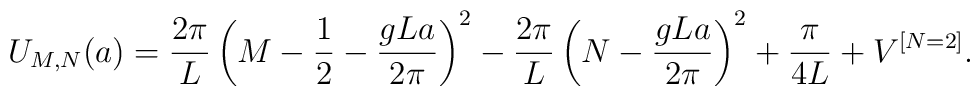
U_{M, N}(a)={2\pi \over L}\left(M-{1 \over 2}-{gLa \over 2\pi}\right)^2-{2\pi \over L}\left(N-{gLa \over 2\pi}\right)^2+{\pi \over 4L}+V^{[N=2]}.